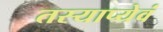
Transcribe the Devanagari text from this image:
तस्याप्येवं